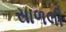
સાળલી